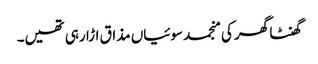
گھنٹا گھر کی منجمد سوئیاں مذاق اڑا رہی تھیں۔